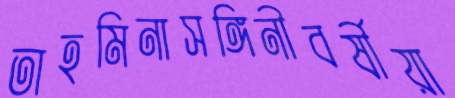
তাহমিনাসঙ্গিনীবর্ষীয়া